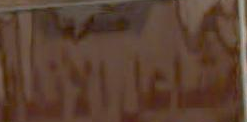
LOYALS